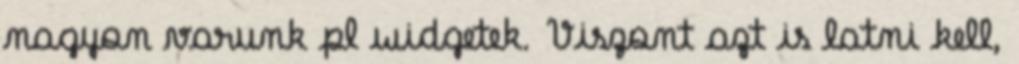
nagyon varunk pl widgetek. Viszont azt is latni kell,